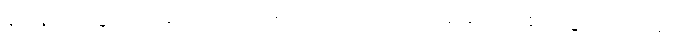
နဝါနဝါသဒ္ဒါက ရံခါ မပြုဟု ဆိုသောကြောင့် ဘာမှ မပြုဘဲ စတုဒ္ဒသဟုလည်း